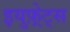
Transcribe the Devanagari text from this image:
इयुफ़्रेट्स